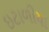
ઇટાળીયા